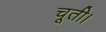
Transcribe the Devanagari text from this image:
चूती।